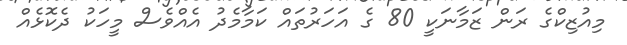
މިއުޒިކްގެ ރަން ޒަމާނަކީ 80 ގެ އަހަރުތައް ކަމާމެދު އެއްވެސް މީހަކު ދެކޮޅެއް